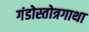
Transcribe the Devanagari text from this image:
गंडोस्तोत्रगाथा